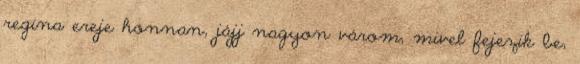
regina ereje honnan, jájj nagyon várom, mivel fejezik be,